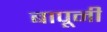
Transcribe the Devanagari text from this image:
बापूनी